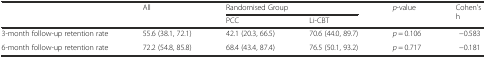
<table><thead><tr><td rowspan="2"></td><td rowspan="2"><b>All</b></td><td colspan="2"><b>Randomised Group</b></td><td rowspan="2"><b><i>p</i>-value</b></td><td rowspan="2"><b>Cohen&#x27;s h</b></td></tr><tr><td><b>PCC</b></td><td><b>Li-CBT</b></td></tr></thead><tbody><tr><td>3-month follow-up retention rate</td><td>55.6 (38.1, 72.1)</td><td>42.1 (20.3, 66.5)</td><td>70.6 (44.0, 89.7)</td><td><i>p</i> = 0.106</td><td>−0.583</td></tr><tr><td>6-month follow-up retention rate</td><td>72.2 (54.8, 85.8)</td><td>68.4 (43.4, 87.4)</td><td>76.5 (50.1, 93.2)</td><td><i>p</i> = 0.717</td><td>−0.181</td></tr></tbody></table>